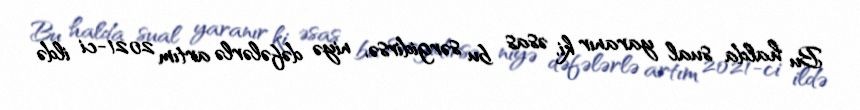
Bu halda sual yaranır ki, əsas bu sərgidirsə, niyə dəfələrlə artım 2021-ci ildə